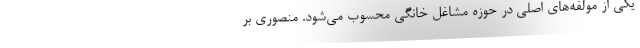
یکی از مولفه‌های اصلی در حوزه مشاغل خانگی محسوب می‌شود. منصوری بر